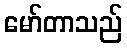
မော်တာသည်